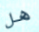
هل